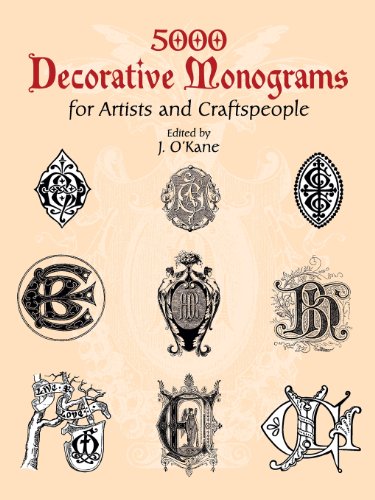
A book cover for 5000 Decorative Monograms for Artists and Craftspeople (Dover Pictorial Archive); Arts & Photography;